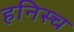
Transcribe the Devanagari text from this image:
हनिस्च